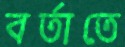
বর্তাতে